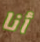
أنا